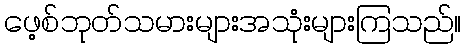
ဖေ့စ်ဘုတ်သမားများအသုံးများကြသည်။